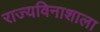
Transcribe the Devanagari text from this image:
राज्यविनाशाला